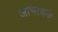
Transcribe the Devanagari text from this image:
आभाणक